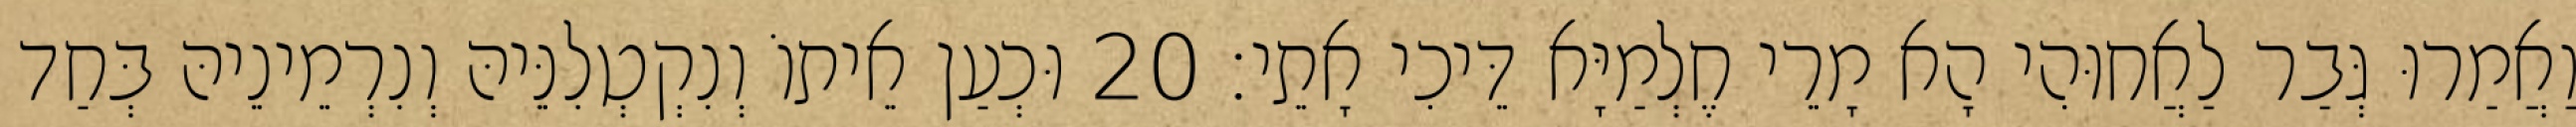
וַאֲמַרוּ גְּבַר לַאֲחוּהִי הָא מָרֵי חֶלְמַיָּא דֵּיכִי אָתֵי׃ 20 וּכְעַן אֵיתוֹ וְנִקְטְלִנֵּיהּ וְנִרְמֵינֵיהּ בְּחַד